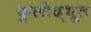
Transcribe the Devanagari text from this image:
कुलोद्‌भूत